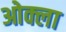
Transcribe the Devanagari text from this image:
ओक्ला